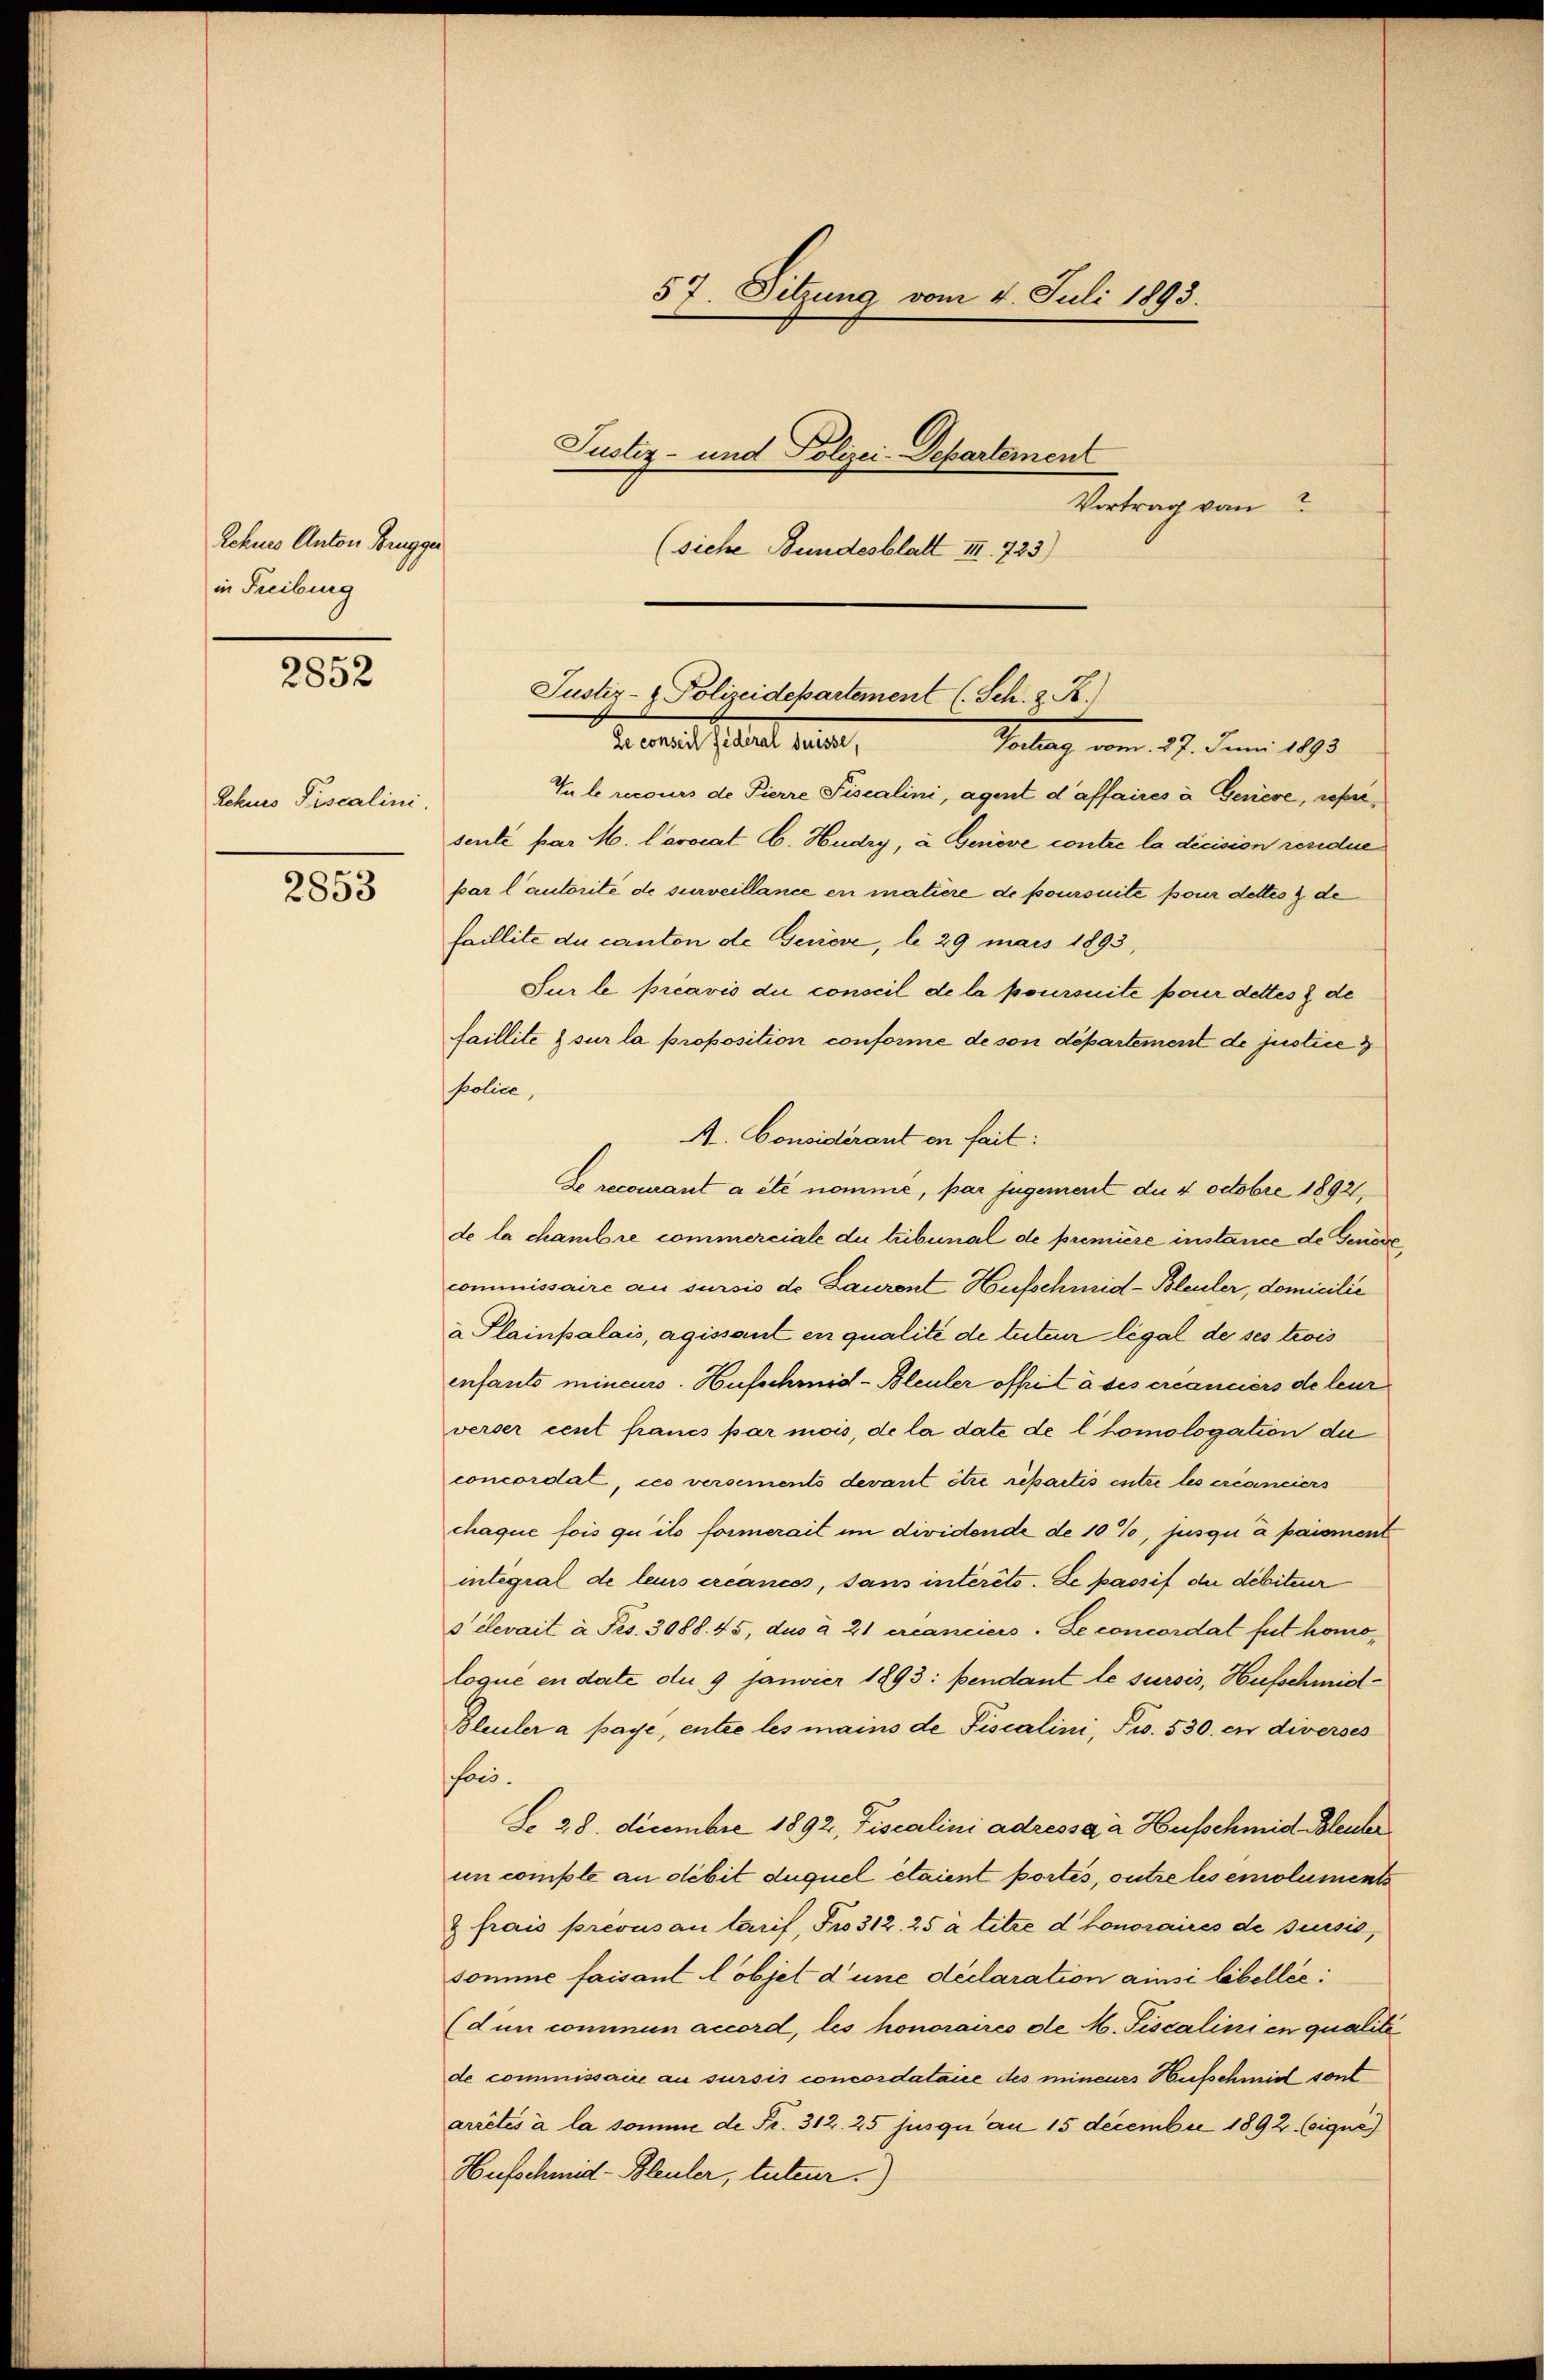
Rchues Anton Brugger
in Freiburg

2852

Rchues Piscalini.

2853

57. Sitzung vom 4. Juli 1893.
Justiz- und Polizei-Departement
Vortrag von
(siche Bundesblatt III. 723)

Vu le recours de Pierre Fiscalini, agent d’affaires à Geriere, reprisenté par M. Lavocat E. Hudry, à. Genève contre la dicision residue
par l’autorité de surveillance en matière de poursuite pour dettes & de
faillite du canton de Geriese, le 29 mais 1893,
Sur le préavis die conseil de la poursuite pour dettes & de
faillite & sur la proposition conforme de son département de justice
Police,
A. Considérant en fait:
Le recomant a été nomme, par jugement du 4 octobre 18921,
de la chambre commerciale du tribunal de première instance de Genode,
commissaire au sursis de Laurent Hufschmid-Bleuler, domicilie
a Plainpalais, agissant en qualité de tuteur légal de ses trois
enfants mineurs. Hufschmid-Bleuler offit à ses créanciers de leur
verser cent francs par mois, de la date de l’homologation de
concordat, ces versements devant être repartis entre les créanciers
chaque fois qu’ils formerait im dividende de 10%, jusqui a paiement
integial de leurs créances, sans intérêts. Le passif der débiteur
s élevait à Frs. 3088. 45, dus à 21 ercanciers. Le concordat fut homoloque en date du 9 Janvier 1893: pendant le sursis, Hufschmid¬
Bleuler a paye, entre les mains de Fiscalini, Fr. 530. in diverses
fon.
So 28. Decembre 1892, Fiscalini adressa a Hufschmid Bleuler
un comple an debit duquel étaient portés, outre les emoluments
& frais prevus an tarif, Fro 312. 25 à titre d honoraires de sussis,
somine faisant l’objet d’une déclaration ainsi libellée:
(dun commun accord, les honoraires de M. Fiscalinien qualite
de commissaire au sursis concordatane des mineurs Hufschmidt sont
arrêtés à la somme de Fr. 312. 25 jusqui au 15 December 1892. (sique)
Hufschund-Bleuler, tuteur)

Justiz- & Polizeidepartement (Sch. z. B.
Le conseil federal Suisse,
Teilung vom 27. Juni 1890.